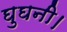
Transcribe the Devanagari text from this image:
घुघनी।